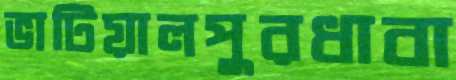
ভাটিয়ালপুরধাবা